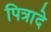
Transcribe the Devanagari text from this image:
पित्रादे